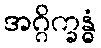
အဂ္ဂိက္ခန္ဓံ